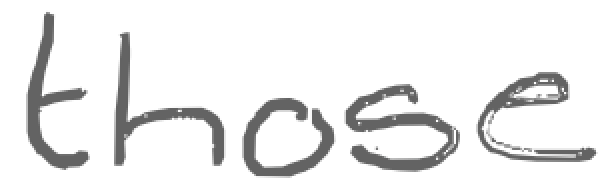
Text: those
Cross-out: clean
Writing tool: digital_gray